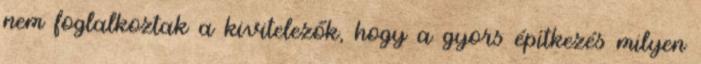
nem foglalkoztak a kivitelezők, hogy a gyors építkezés milyen